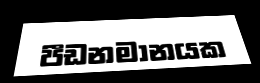
පීඩනමානයක